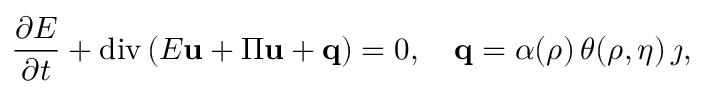
\frac { \partial E } { \partial t } + \mathrm { d i v } \left( E \mathbf { u } + \Pi \mathbf { u } + \mathbf { q } \right) = 0 , \quad \mathbf { q } = \alpha ( \rho ) \, \theta ( \rho , \eta ) \, \j ,